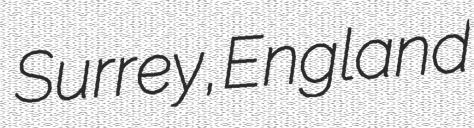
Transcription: Surrey, England